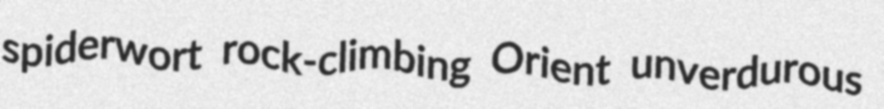
spiderwort rock-climbing Orient unverdurous